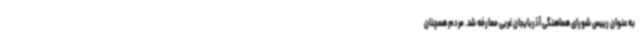
به عنوان رییس شورای هماهنگی آذربایجان غربی معارفه شد. مردم همچنان